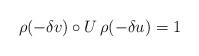
LaTeX: \begin{align*}\rho(-\delta v)\circ U\,\rho(-\delta u)=1\end{align*}